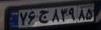
۷۶ج۸۳۹۸۵